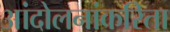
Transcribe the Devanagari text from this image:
आंदोलनांकरिता